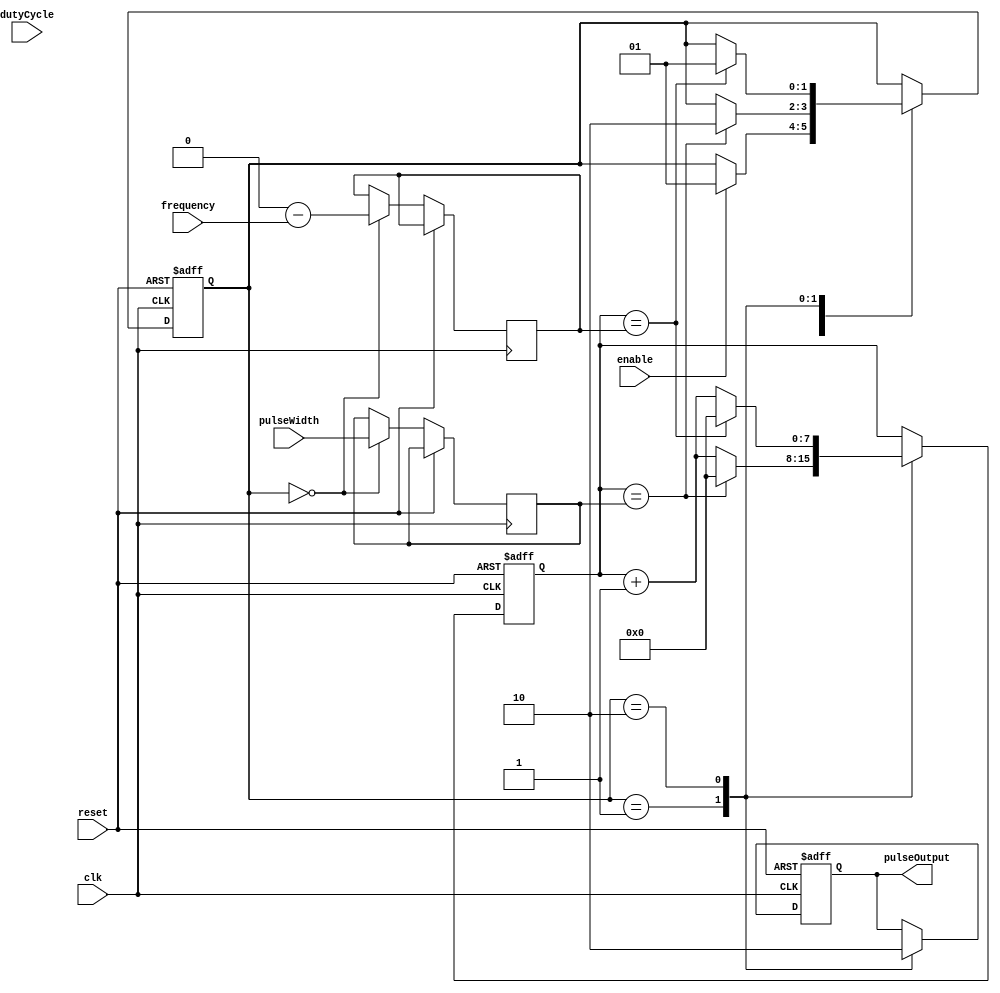
module ProgrammablePulseGenerator (
    input wire clk,
    input wire reset,
    input wire enable,
    input wire [7:0] pulseWidth,
    input wire [7:0] frequency,
    input wire [7:0] dutyCycle,
    output reg pulseOutput
);

reg [7:0] counter = 0;
reg [7:0] pulseDuration = 0;
reg [7:0] period = 0;
reg [1:0] state = 2'b00; // state machine states 00: idle, 01: high, 10: low

always @(posedge clk or posedge reset) begin
    if (reset) begin
        pulseOutput <= 0;
        counter <= 0;
        state <= 2'b00;
    end else begin
        case(state)
            2'b00: begin // idle state
                pulseDuration <= pulseWidth;
                period <= 256 - frequency;
                if (enable) begin
                    state <= 2'b01;
                end
            end
            2'b01: begin // high state
                pulseOutput <= 1;
                counter <= counter + 1;
                if (counter == pulseDuration) begin
                    counter <= 0;
                    state <= 2'b10;
                end
            end
            2'b10: begin // low state
                pulseOutput <= 0;
                counter <= counter + 1;
                if (counter == period) begin
                    counter <= 0;
                    state <= 2'b01;
                end
            end
        endcase
    end
end

endmodule